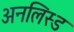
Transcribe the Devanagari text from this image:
अनलिस्ड